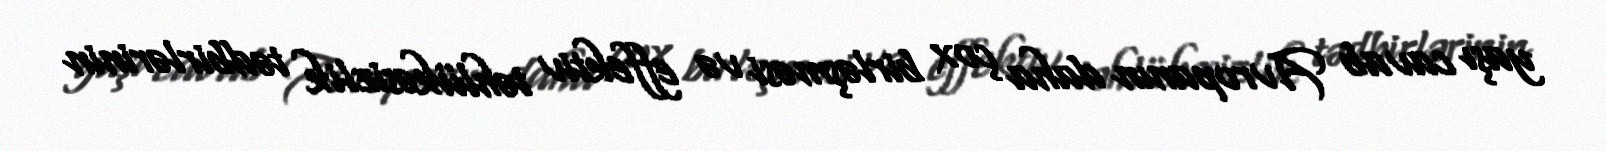
yaşı cavab Avropanın daha çox birləşməsi və effektiv təhlükəsizlik tədbirlərinin